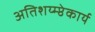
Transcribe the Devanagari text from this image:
अतिशय्म्प्ठेकार्य